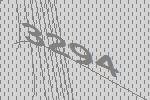
3294